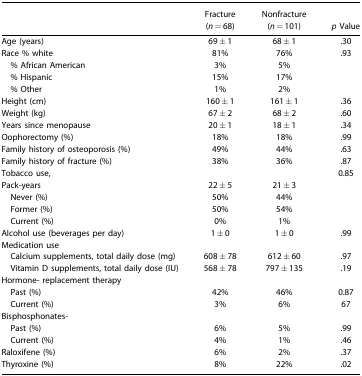
|  | Fracture (n = 68) | Nonfracture (n = 101) | p Value |
 | --- | --- | --- | --- |
 | Age (years) | 69 ± 1 | 68 ± 1 | .30 |
 | Race % white | 81% | 76% | .93 |
 | % African American | 3% | 5% |  |
 | % Hispanic | 15% | 17% |  |
 | % Other | 1% | 2% |  |
 | Height (cm) | 160 ± 1 | 161 ± 1 | .36 |
 | Weight (kg) | 67 ± 2 | 68 ± 2 | .60 |
 | Years since menopause | 20 ± 1 | 18 ± 1 | .34 |
 | Oophorectomy (%) | 18% | 18% | .99 |
 | Family history of osteoporosis (%) | 49% | 44% | .63 |
 | Family history of fracture (%) | 38% | 36% | .87 |
 | Tobacco use, |  |  | 0.85 |
 | Pack-years | 22 ± 5 | 21 ± 3 |  |
 | Never (%) | 50% | 44% |  |
 | Former (%) | 50% | 54% |  |
 | Current (%) | 0% | 1% |  |
 | Alcohol use (beverages per day) | 1 ± 0 | 1 ± 0 | .99 |
 | <COLSPAN=4> Medication use |
 | Calcium supplements, total daily dose (mg) | 608 ± 78 | 612 ± 60 | .97 |
 | Vitamin D supplements, total daily dose (IU) | 568 ± 78 | 797 ± 135 | .19 |
 | <COLSPAN=4> Hormone- replacement therapy |
 | Past (%) | 42% | 46% | 0.87 |
 | Current (%) | 3% | 6% | 67 |
 | <COLSPAN=4> Bisphosphonates- |
 | Past (%) | 6% | 5% | .99 |
 | Current (%) | 4% | 1% | .46 |
 | Raloxifene (%) | 6% | 2% | .37 |
 | Thyroxine (%) | 8% | 22% | .02 |